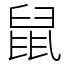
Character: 鼠